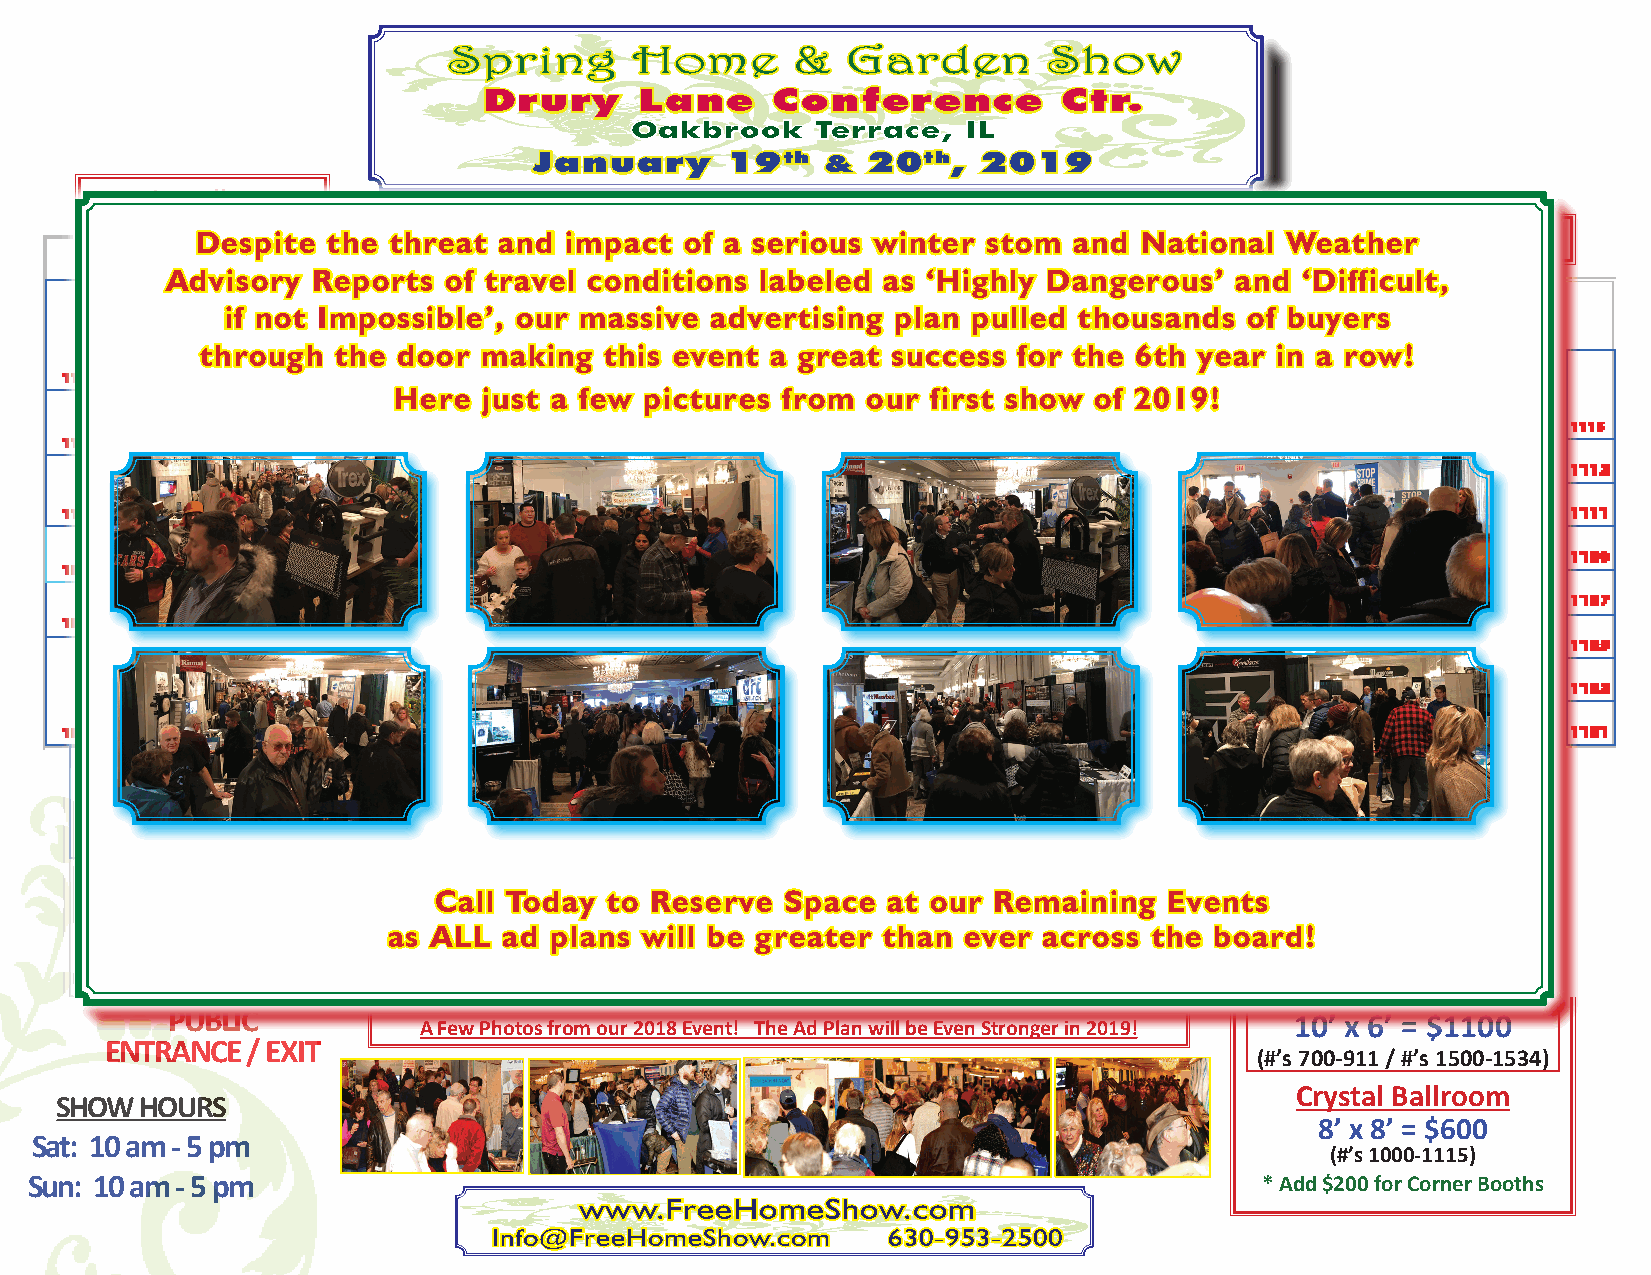
Spring      Home       &  Garden       Show
 Drury     Lane     Conference         Ctr.
 Oakbrook    Terrace,  IL
 January      19th   & 20th,   2019
 Main Ballroom
 Despite  the threat and impact  of a serious winter stom  and National  WeaCtrhyestra l Ballroom
 Advisory  Reports of travel conditions labeled as ‘Highly Dangerous’   and ‘Difficult,
 Seminar
 if not Impossible’, our massive advertising plan pulled thousands   of buyers
 Stage
 through  the door  making  this event a great success for the 6th year in a row!
 Here  just a few pictures from our  first show of 2019!
 BOOTH    PRICES
 Main Lobby
 Main Lobby                                     10’ x 8’ = $1400
 10’ x 4’ = $750
 Call Today to Reserve  Space  at our Remaining  Events
 (odd #’s 1401 - 1427)
 as ALL ad plans will be greater than  ever across the board!
 Main Ballroom
 10’ x 8’ = $1300
 PUBLIC           A Few Photos from our 2018 Event! The Ad Plan will be Even Stronger in 2019! 10’ x 6’ = $1100
 ENTRANCE / EXIT
 (#’s 700-911 / #’s 1500-1534)
 Crystal Ballroom
 SHOW HOURS
 8’ x 8’ = $600
 Sat: 10 am - 5 pm
 (#’s 1000-1115)
 Sun: 10 am - 5 pm                                                                 * Add $200 for Corner Booths
 www.FreeHomeShow.com
 Info@FreeHomeShow.com     630-953-2500